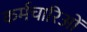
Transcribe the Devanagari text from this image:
कर्मचारिओं